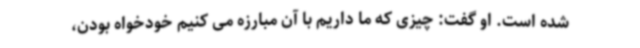
شده است. او گفت: چیزی که ما داریم با آن مبارزه می کنیم خودخواه بودن،